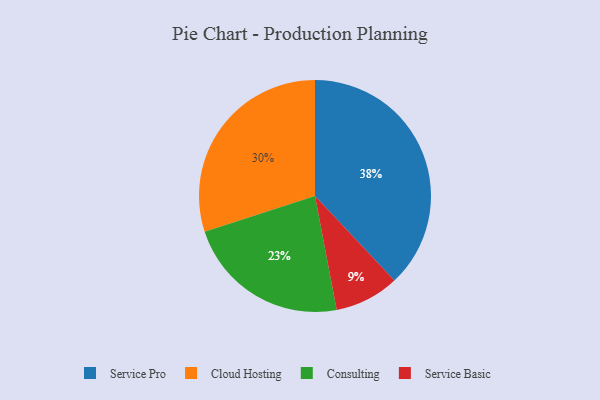
{"axis": {"x": "Category", "y": "Percentage"}, "legend": ["Cloud Hosting", "Consulting", "Service Basic", "Service Pro"], "data": [{"x": "Consulting", "y": 23, "type": "Consulting"}, {"x": "Cloud Hosting", "y": 30, "type": "Cloud Hosting"}, {"x": "Service Pro", "y": 38, "type": "Service Pro"}, {"x": "Service Basic", "y": 9, "type": "Service Basic"}]}